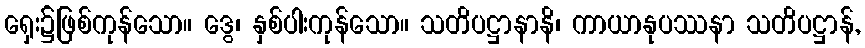
ရှေး၌ဖြစ်ကုန်သော။ ဒွေ၊ နှစ်ပါးကုန်သော။ သတိပဋ္ဌာနာနိ၊ ကာယာနုပဿနာ သတိပဋ္ဌာန်,